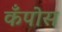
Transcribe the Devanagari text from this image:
कँपोस